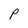
Character: P